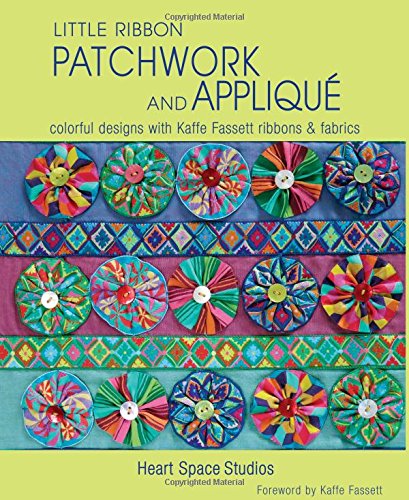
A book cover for Little Ribbon Patchwork & Applique: Colorful Designs with Kaffe Fassett Ribbons and Fabrics; Heart Space Studios; Crafts, Hobbies & Home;